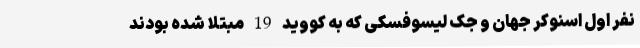
نفر اول اسنوکر جهان و جک لیسوفسکی که به کووید 19 مبتلا شده بودند